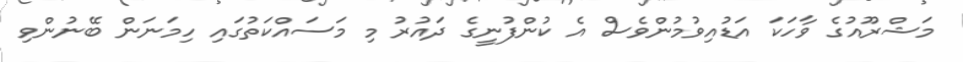
މަޝްރޫއުގެ ވާހަކަ އަޑުއިވުމުންވެސް އެ ކުންފުނީގެ ދައުރު މި މަސައްކަތުގައި ހިމަނަން ބޭނުންވި